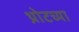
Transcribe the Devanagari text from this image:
थ्रोटच्या